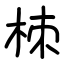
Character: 栜